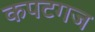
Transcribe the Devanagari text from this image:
कपटगज